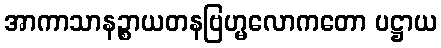
အာကာသာနဉ္စာယတနဗြဟ္မလောကတော ပဋ္ဌာယ